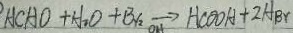
H C H O + H _ { 2 } O + B _ { r 2 } \xrightarrow [ O H ] H C O O A + 2 H _ { B r }